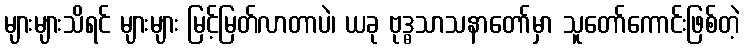
များများသိရင် များများ မြင့်မြတ်လာတာပဲ၊ ယခု ဗုဒ္ဓသာသနာတော်မှာ သူတော်ကောင်းဖြစ်တဲ့